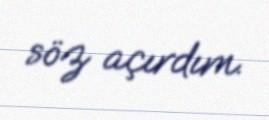
söz açırdım.